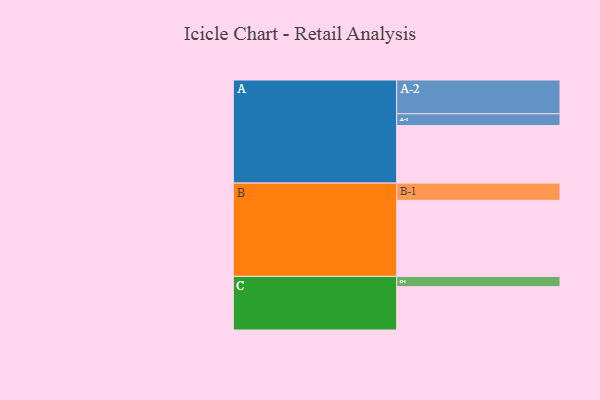
{"axis": {"x": "Segment", "y": "Value"}, "legend": ["", "A", "B", "C"], "data": [{"x": "A", "y": 421, "type": ""}, {"x": "B", "y": 556, "type": ""}, {"x": "C", "y": 317, "type": ""}, {"x": "A-1", "y": 86, "type": "A"}, {"x": "A-2", "y": 247, "type": "A"}, {"x": "B-1", "y": 126, "type": "B"}, {"x": "C-1", "y": 75, "type": "C"}]}